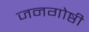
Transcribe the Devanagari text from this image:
जनगोष्ठी